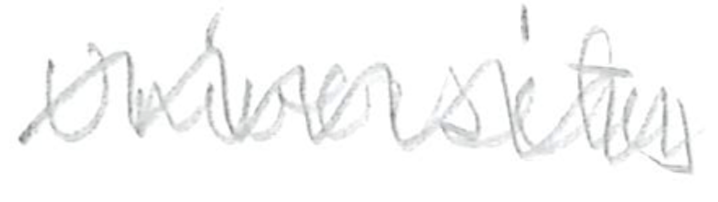
Text: University
Cross-out: zig-zag
Writing tool: pencil